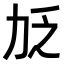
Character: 𫦧